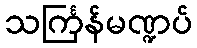
သင်္ကြန်မဏ္ဍပ်